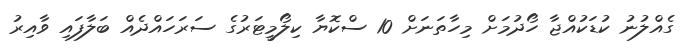
ގެއްލުނު ކުޑަކުއްޖާ ހޯދުމަށް މިހާތަނަށް 10 ސްކޮޔާ ކިލޯމީޓަރުގެ ސަރަހައްދެއް ބަލާފައި ވާއިރު